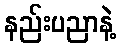
နည်းပညာနဲ့